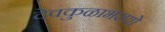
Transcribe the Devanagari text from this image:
देवकुळाभरणो